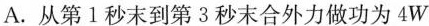
A.从第1秒末到第3秒末合外力做功为4W